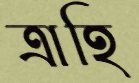
ত্রাহি